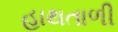
હાથતાળી